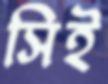
সিই